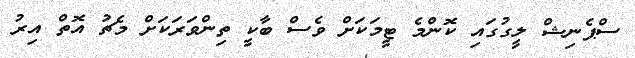
ސްޕެނިޝް ލީގުގައި ކޮންމެ ޓީމަކަށް ވެސް ބާކީ ތިންވަރަކަށް މެޗު އޮތް އިރު